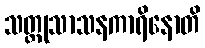
သတ္ထုသာသနကာရိနောတိ